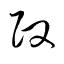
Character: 政